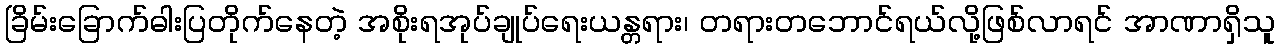
ခြိမ်းခြောက်ဓါးပြတိုက်နေတဲ့ အစိုးရအုပ်ချုပ်ရေးယန္တရား၊ တရားတဘောင်ရယ်လို့ဖြစ်လာရင် အာဏာရှိသူ